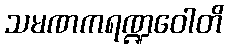
သမဏကရဏ္ဍဝေါတိ